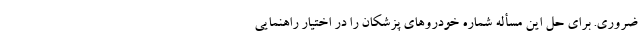
ضروری. برای حل این مسأله شماره خودروهای پزشکان را در اختیار راهنمایی